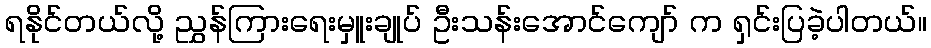
ရနိုင်တယ်လို့ ညွှန်ကြားရေးမှူးချုပ် ဦးသန်းအောင်ကျော် က ရှင်းပြခဲ့ပါတယ်။